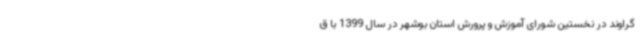
گراوند در نخستین شورای آموزش و پرورش استان بوشهر در سال 1399 با ق